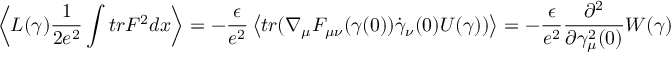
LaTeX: \left< L ( \gamma ) \frac { 1 } { 2 e ^ { 2 } } \int t r F ^ { 2 } d x \right> = - \frac { \epsilon } { e ^ { 2 } } \left< t r ( \nabla _ { \mu } F _ { \mu \nu } ( \gamma ( 0 ) ) \dot { \gamma } _ { \nu } ( 0 ) U ( \gamma ) ) \right> = - \frac { \epsilon } { e ^ { 2 } } \frac { \partial ^ { 2 } } { \partial \gamma _ { \mu } ^ { 2 } ( 0 ) } W ( \gamma )